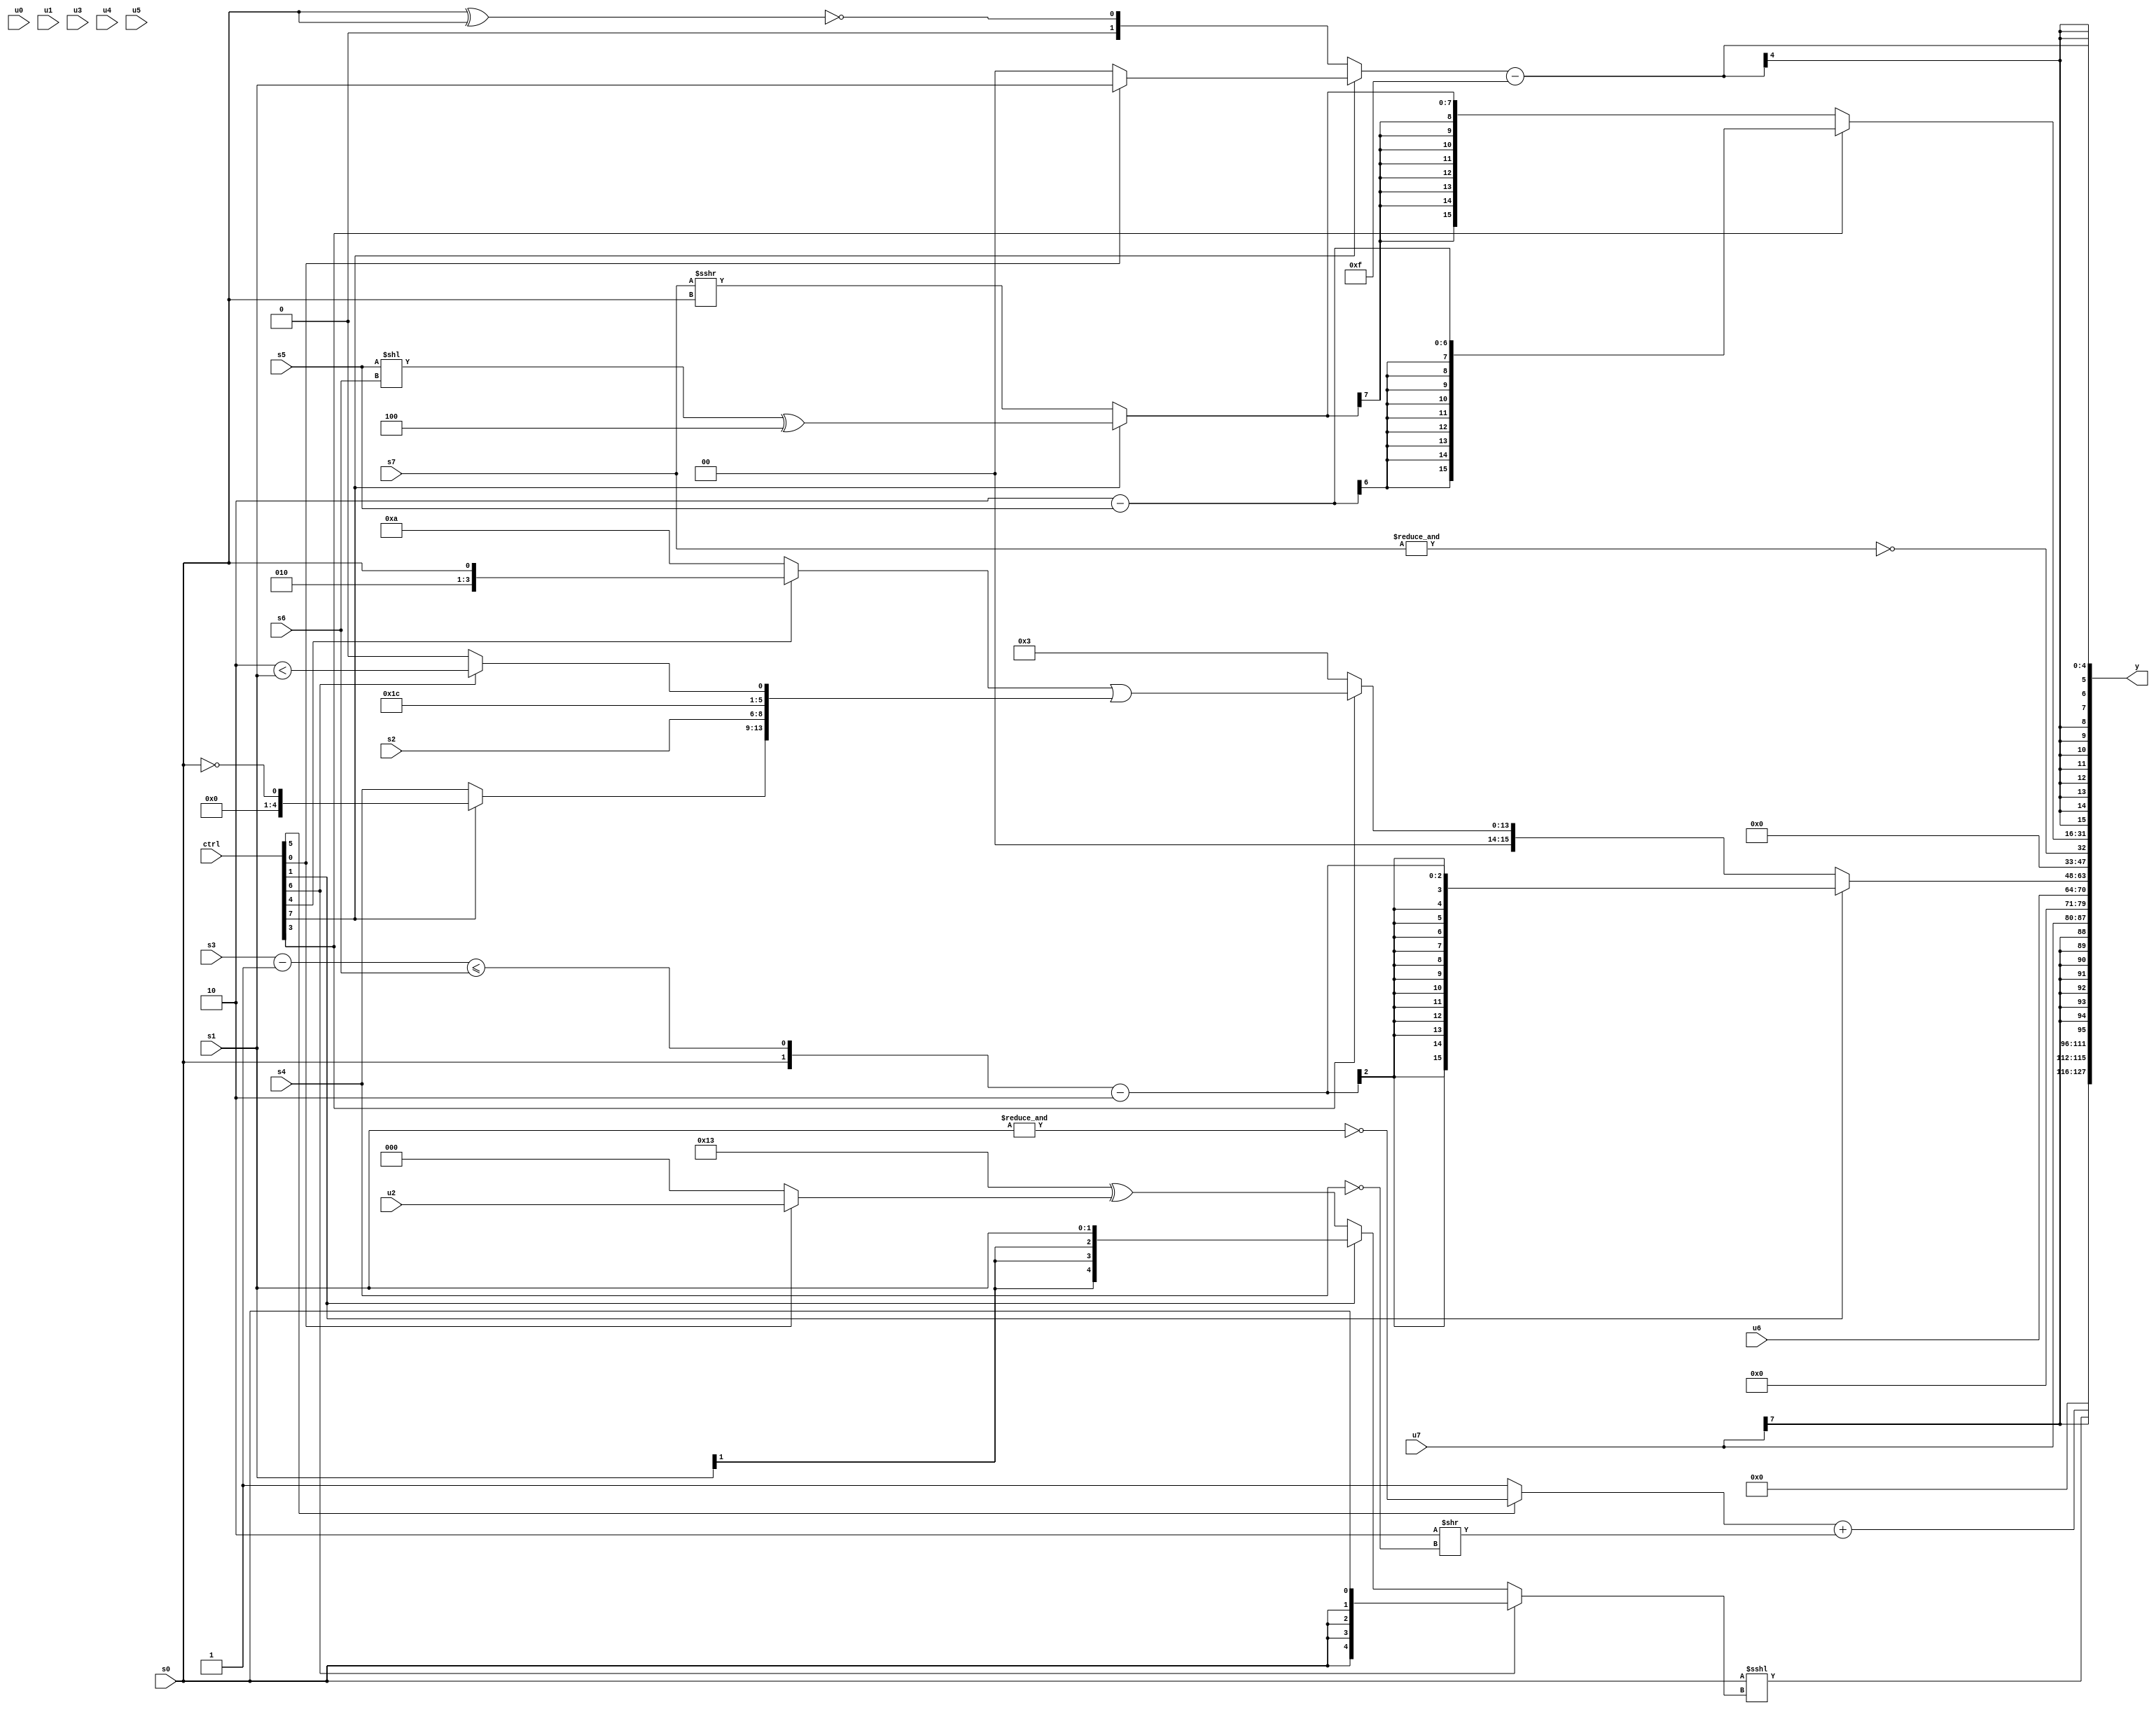
module wideexpr_00525(ctrl, u0, u1, u2, u3, u4, u5, u6, u7, s0, s1, s2, s3, s4, s5, s6, s7, y);
  input [7:0] ctrl;
  input [0:0] u0;
  input [1:0] u1;
  input [2:0] u2;
  input [3:0] u3;
  input [4:0] u4;
  input [5:0] u5;
  input [6:0] u6;
  input [7:0] u7;
  input signed [0:0] s0;
  input signed [1:0] s1;
  input signed [2:0] s2;
  input signed [3:0] s3;
  input signed [4:0] s4;
  input signed [5:0] s5;
  input signed [6:0] s6;
  input signed [7:0] s7;
  output [127:0] y;
  wire [15:0] y0;
  wire [15:0] y1;
  wire [15:0] y2;
  wire [15:0] y3;
  wire [15:0] y4;
  wire [15:0] y5;
  wire [15:0] y6;
  wire [15:0] y7;
  assign y = {y0,y1,y2,y3,y4,y5,y6,y7};
  assign y0 = ((ctrl[5]?+(~&(s1)):1'sb1))+(+($signed(((3'sb111)<<(1'sb1))>>(!(s4)))));
  assign y1 = ($signed(s0))<<<((ctrl[6]?s0:(ctrl[1]?s1:(5'sb10011)^($signed($signed((ctrl[0]?u2:1'sb0)))))));
  assign y2 = $signed(+(u7));
  assign y3 = u6;
  assign y4 = +((ctrl[1]?($unsigned({s0,((s3)-(1'sb1))<=($signed(s6))}))-(2'sb10):(ctrl[3]?((ctrl[4]?{2'sb10,s0}:(3'b101)<<(3'b001)))|({(ctrl[7]?!(s0):{1{s4}}),s2,{1{(4'sb1100)|(5'sb00100)}},(ctrl[6]?(2'sb10)<(s1):1'sb0)}):3'sb011)));
  assign y5 = ~&($signed(s7));
  assign y6 = (ctrl[3]?($signed(((1'sb0)+(2'sb11))<<(&(3'sb111))))-(s5):$signed((ctrl[3]?(s3)-(-(4'sb1101)):+((ctrl[7]?((s5)<<(s6))^(3'sb100):($signed(s7))>>>({1{s0}}))))));
  assign y7 = ({1{(ctrl[7]?$signed((ctrl[0]?(s1)>>>(~|(4'sb0010)):{(((ctrl[4]?s5:1'sb1))&($signed(1'sb0)))<<(($signed(2'sb01))^(4'sb1101))})):~|($signed({3{+(((s0)>>>(1'sb0))^(s0))}})))}})-({2{2'sb11}});
endmodule